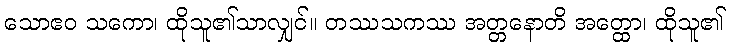
သောဧဝ သကော၊ ထိုသူ၏သာလျှင်။ တဿသကဿ အတ္တနောတိ အတ္ထော၊ ထိုသူ၏